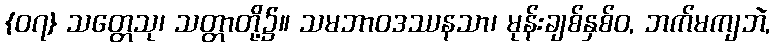
{၀၇} သတ္တေသု၊ သတ္တာတို့၌။ သမဘာဝဒဿနသာ၊ မုန်းချစ်နှစ်ဝ, ဘက်မကျဘဲ,